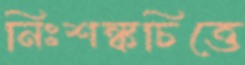
নিঃশঙ্কচিত্তে